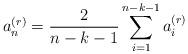
LaTeX: \begin{align*}a_n^{(r)}=\frac{2}{n-k-1}\sum_{i=1}^{n-k-1}a_i^{(r)}\end{align*}